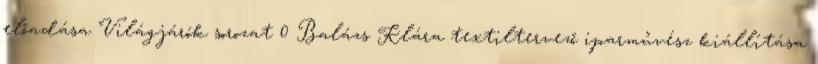
előadása Világjárók sorozat 0 Balázs Klára textiltervező iparművész kiállítása